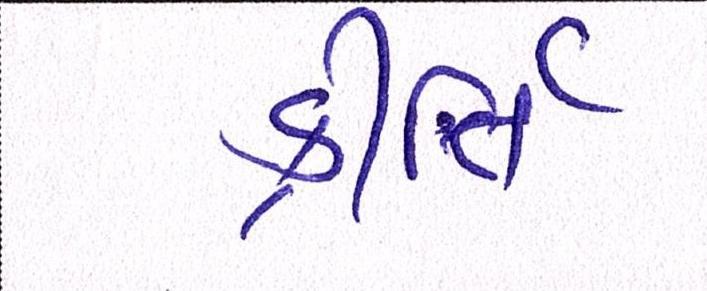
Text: કીર્તિ